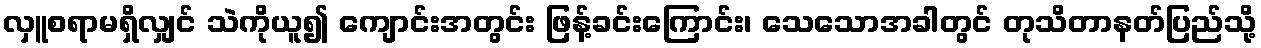
လှူစရာမရှိလျှင် သဲကိုယူ၍ ကျောင်းအတွင်း ဖြန့်ခင်းကြောင်း၊ သေသောအခါတွင် တုသိတာနတ်ပြည်သို့